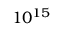
1 0 ^ { 1 5 }